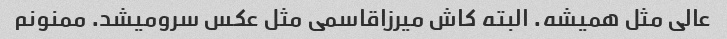
عالی مثل همیشه. البته کاش میرزاقاسمی مثل عکس سرو‌میشد. ممنونم